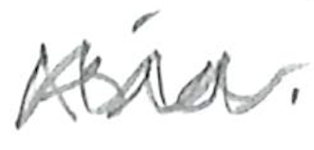
Text: Asia.
Cross-out: zig-zag
Writing tool: pencil